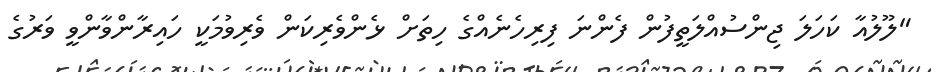
"ލޫލުއާ ކަހަލަ ޖިންސުއްލަތީފުން ފެންނަ ފިރިހެނެއްގެ ހިތަށް ޅެންވެރިކަން ވެރިވުމަކީ ހައިރާންވާންވީ ވަރުގެ